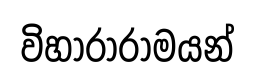
විහාරාරාමයන්